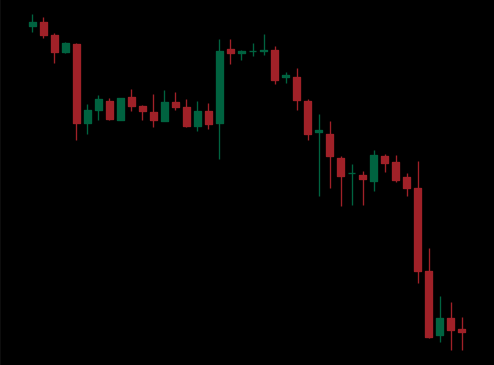
Pattern: unclassified